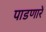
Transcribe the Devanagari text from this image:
पाडणारें